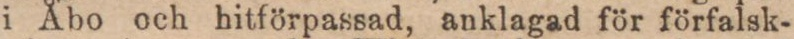
i Åbo och hitförpassad, anklagad för förfalsk-